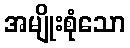
အမျိုးစုံသော